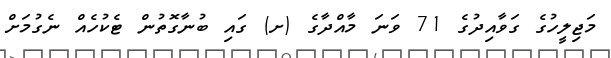
މަޖިލީހުގެ ގަވާއިދުގެ 71 ވަނަ މާއްދާގެ (ށ) ގައި ބުނާގޮތުން ޓެކުހެއް ނެގުމަށް